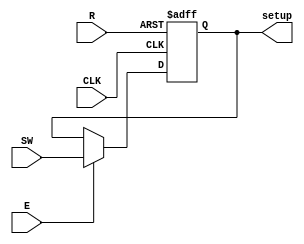
module REG_setup
#(parameter N = 8)
(
	CLK,
	R,
	E,
	SW,
	setup
);

//clock, reset, habilitaao
input wire CLK, R, E;
input wire [N-1:0] SW; 
output reg [N-1:0] setup;

always@(posedge CLK or posedge R)
begin
	if (R == 1'b1) //1 ou 0?
		setup <= 4'b0000;
	else
		if (E == 1'b1)
			setup <= SW; //recebe switch
		else 
		   setup <= setup;
end

endmodule